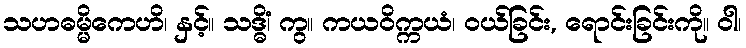
သဟဓမ္မိကေဟိ၊ နှင့်။ သဒ္ဓိံ၊ ကွ။ ကယဝိက္ကယံ၊ ဝယ်ခြင်း, ရောင်းခြင်းကို။ ဝါ၊